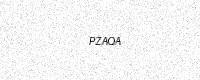
Text: PZAQA